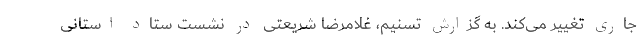
جاری تغییر می‌کند. به گزارش تسنیم، غلامرضا شریعتی در نشست ستاد استانی